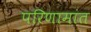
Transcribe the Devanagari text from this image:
परिणामांत